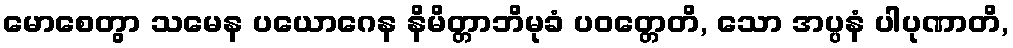
မောစေတွာ သမေန ပယောဂေန နိမိတ္တာဘိမုခံ ပဝတ္တေတိ, သော အပ္ပနံ ပါပုဏာတိ,